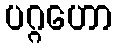
ပဂ္ဂဟော